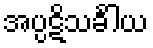
အပ္ပဋိသင်္ခါယ